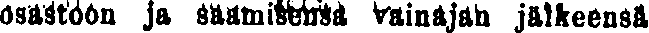
osastoon ja saamisensa vainajan jälkeensä